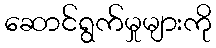
ဆောင်ရွက်မှုများကို